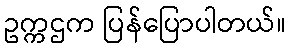
ဥက္ကဌက ပြန်ပြောပါတယ်။